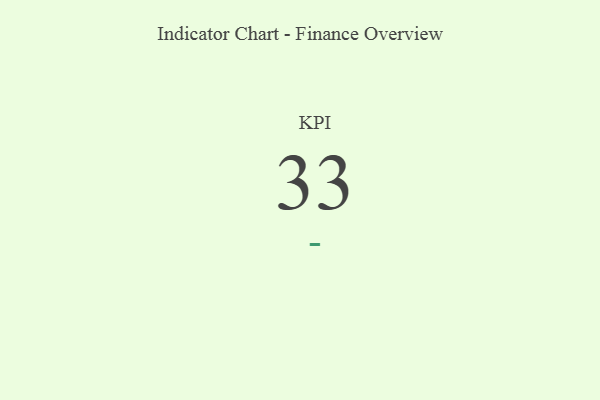
{"axis": {"x": "KPI", "y": "Value"}, "legend": [""], "data": [{"x": "KPI", "y": 33, "type": ""}]}